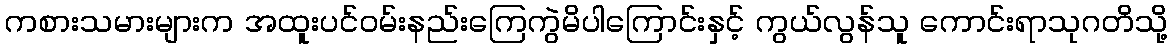
ကစားသမားများက အထူးပင်ဝမ်းနည်းကြေကွဲမိပါကြောင်းနှင့် ကွယ်လွန်သူ ကောင်းရာသုဂတိသို့